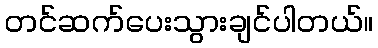
တင်ဆက်ပေးသွားချင်ပါတယ်။